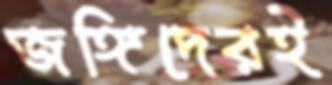
জঙ্গিদেরই